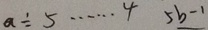
a \div 5 \cdots 4 5 b - 1